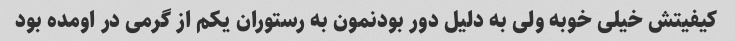
کیفیتش خیلی خوبه ولی به دلیل دور بودنمون به رستوران یکم از گرمی در اومده بود